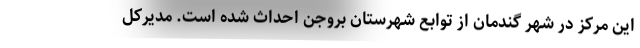
این مرکز در شهر گندمان از توابع شهرستان بروجن احداث شده است. مدیرکل